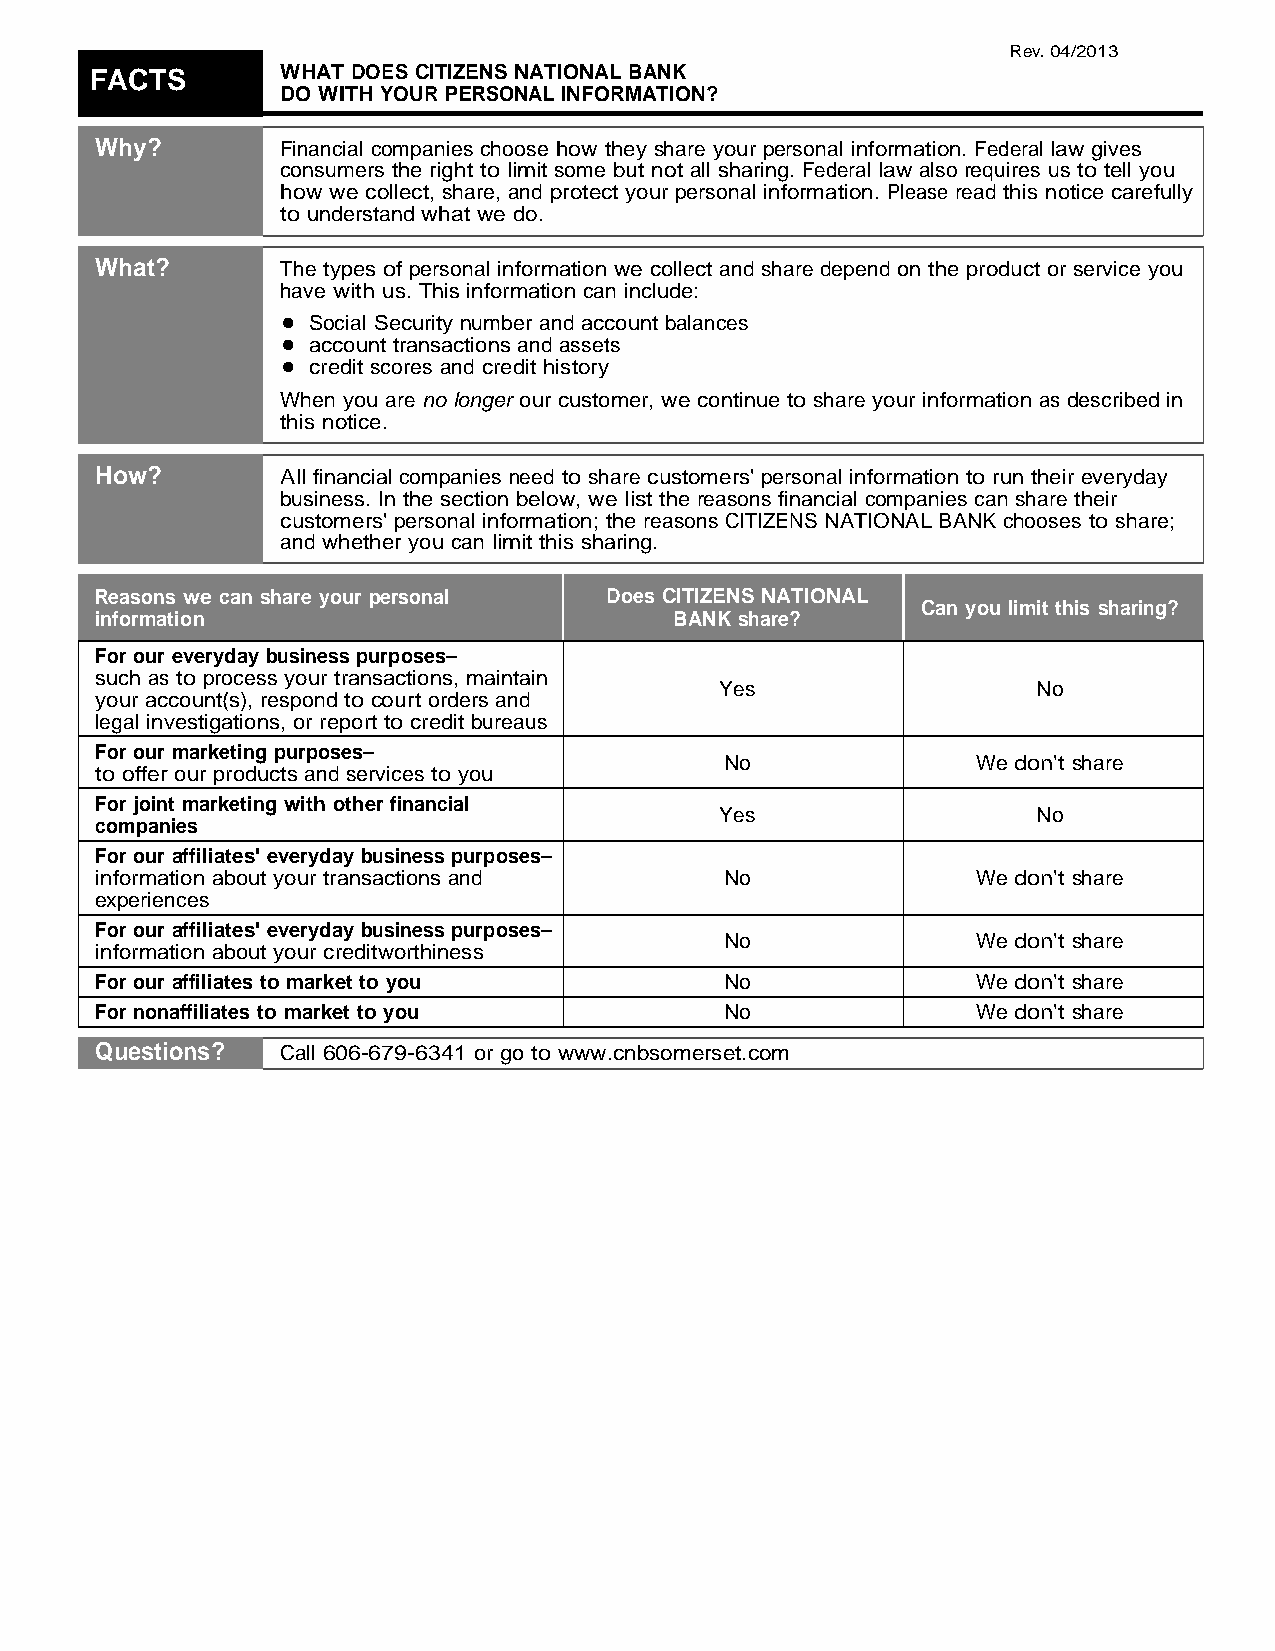
Rev.04/2013
 FACTS        WHAT DOES CITIZENS NATIONAL BANK
 DO WITH YOUR PERSONAL INFORMATION?
 Why?         Financial companies choose how they share your personal information. Federal law gives
 consumers the right to limit some but not all sharing. Federal law also requires us to tell you
 how we collect, share, and protect your personal information. Please read this notice carefully
 to understand what we do.
 What?        The types of personal information we collect and share depend on the product or service you
 have with us. This information can include:
 Social Security number and account balances
 account transactions and assets
 credit scores and credit history
 When you are no longer our customer, we continue to share your information as described in
 this notice.
 How?         All financial companies need to share customers' personal information to run their everyday
 business. In the section below, we list the reasons financial companies can share their
 customers' personal information; the reasons CITIZENS NATIONAL BANK chooses to share;
 and whether you can limit this sharing.
 Reasons we can share your personal Does CITIZENS NATIONAL
 Can you limit this sharing?
 information                            BANK share?
 For our everyday business purposes
 such as to process your transactions, maintain
 Yes                  No
 your account(s), respond to court orders and
 legal investigations, or report to credit bureaus
 For our marketing purposes
 No               We don't share
 to offer our products and services to you
 For joint marketing with other financial
 Yes                  No
 companies
 For our affiliates' everyday business purposes
 information about your transactions and   No               We don't share
 experiences
 For our affiliates' everyday business purposes
 No               We don't share
 information about your creditworthiness
 For our affiliates to market to you       No               We don't share
 For nonaffiliates to market to you        No               We don't share
 Questions?   Call 606-679-6341 or go to www.cnbsomerset.com